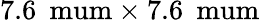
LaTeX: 7.6\: \mathrm{\ mum}\times 7.6\: \mathrm{\ mum}